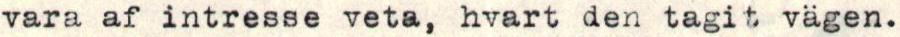
vara af intresse veta, hvart den tagit vägen.